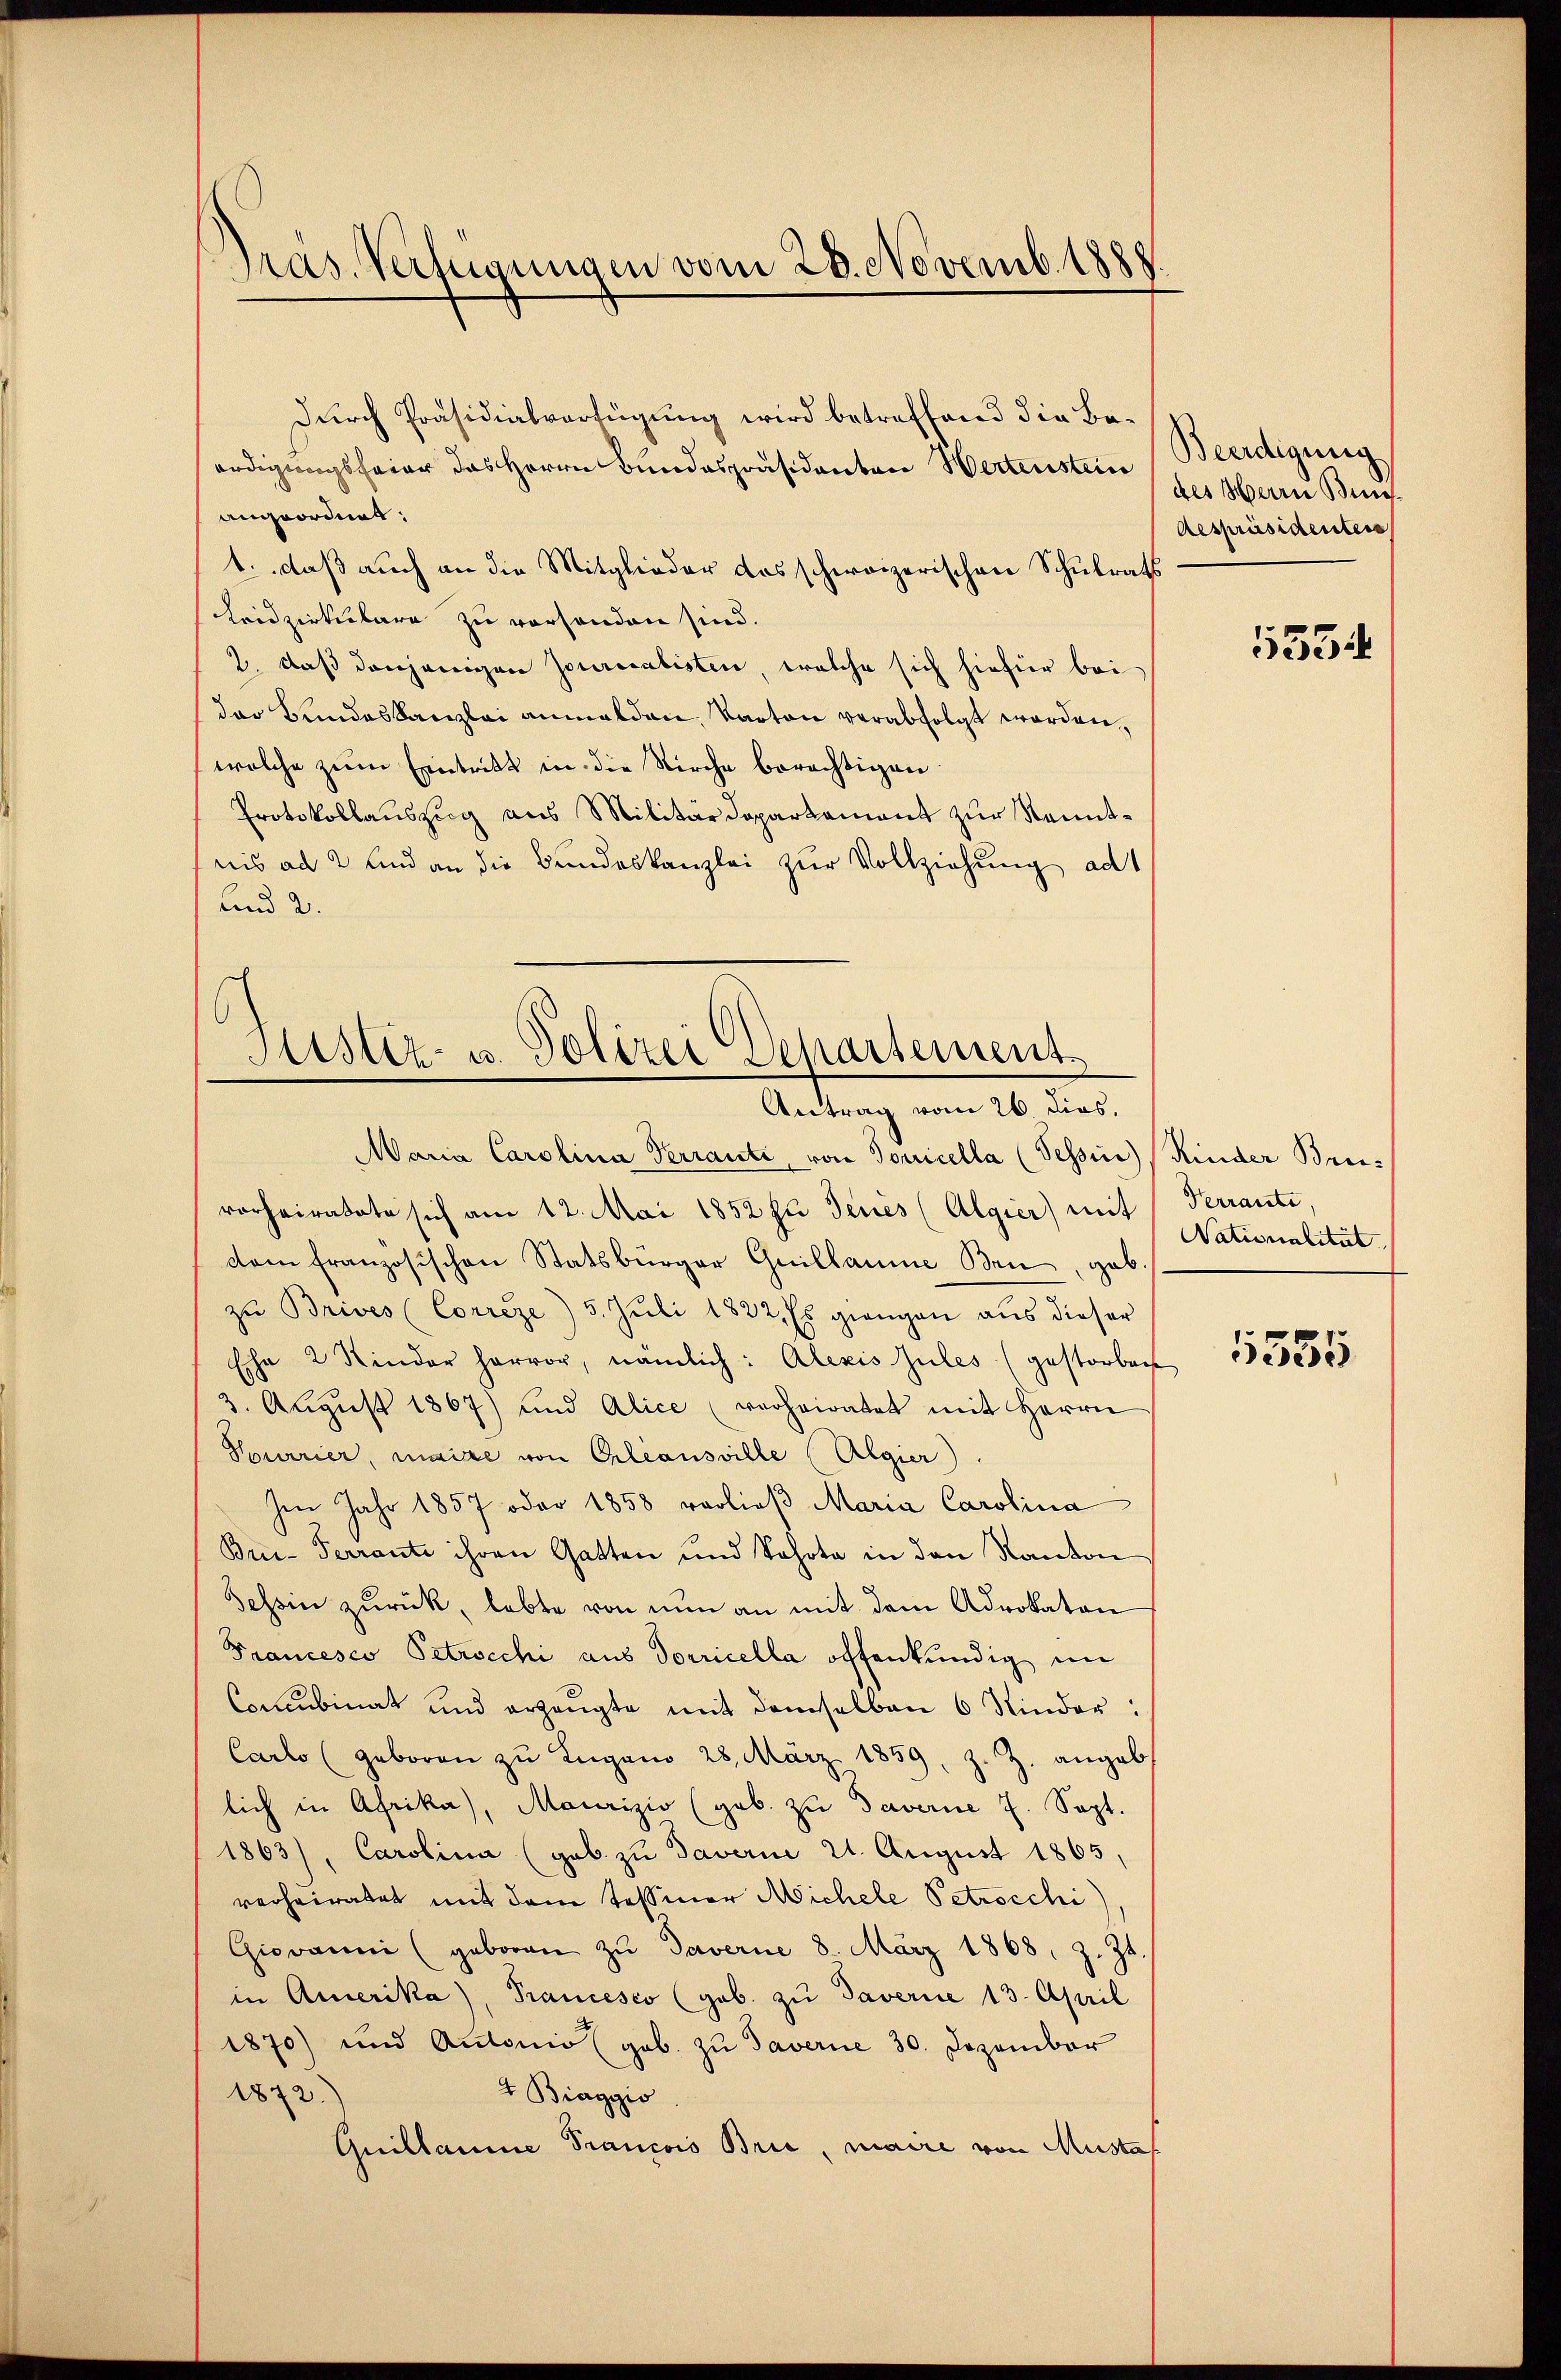
Pras. Verfügungen vom 28. Novemb. 1888.

durch Präsidialverfügung wird betreffend die Beerdigungsfeier das Herrn Bundespräsidenten Wertenstein
angeordnet:
1. daß auch an die Mitglieder das schweizerischen Schulrats
Kridzirkbare zu vorhanden sind.
2. daß denjenigen Jouricalisten, welche sich hiefür bei
der Bundeskanzlei anmelden, Karton verabfolgt worden,
welche zum Eintritt in die Kirche berechtigen.
Protokollauszug aus Militärdepartament zur Kenntnis ad 2 und an die Bundeskanzlei zur Vollziehung ad
und 2.

Sistiz- u. Polizei Departement
Antrag vom 26 dies

Maria Carolina Terranti, von Tonicella (Tessin) (Kinder Breivorheiratete sich am 12. Mai 1852 zu denes (Algier) mit
dam französischen Statsbürger Guillaume Ben, gab.
zŭ Brives (Correze) 5. Juli 1822. Es giengen aus dieser
Ehe 2 Kinder hervor, nämlich: Alexis Gutes (gestorbach
3. Aŭgŭst 1867) und Alice (verheiratet mit Herrn
Pourrier, maire von Orleansville (Algier
Im Jahr 1857 oder 1858 vorließ Maria Carolina
Bre-Terrante ihren Gatten und kehrte in den Kanton
Schein zurück, lebte von nun an mit dem Advokaten
Francesco Petrocchi aus Dorricella offenkundig im
Concubinat und ergängte mit demselben 6 Kinder:
Carlo (geboren zŭ Lugano 28. März 1859, z. Z. angebt
lich in Afrika, Maurizio (geb. zŭ Daverne 7. Sept.
1863), Carolina (geb. zu Daverne 21. August 1865,
verheiratet mit dem Tessiner Michele Petrocchi)
Giovanni (geboren zŭ Javerne 8. März 1868, z. Zt.
in Amerika, Trancesco (geb. zu Taverne 13. April
1870) und Antonio (geb. zu Taverne 30. Dezember
t Biaggio
1872.
Guillaume Francois Brie, maire von Mustaf

Beerdigung
des Herrn Bun
Aespräsidenten

5334

Kerrante,
Nationalität

1555